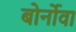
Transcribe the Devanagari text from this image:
बोर्नोवा